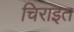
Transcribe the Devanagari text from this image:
चिराइत